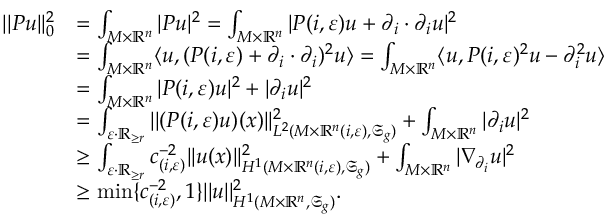
\begin{array} { r l } { | | P u | | _ { 0 } ^ { 2 } } & { = \int _ { M \times \mathord { \mathbb { R } } ^ { n } } | P u | ^ { 2 } = \int _ { M \times \mathord { \mathbb { R } } ^ { n } } | P ( i , \varepsilon ) u + \partial _ { i } \cdot \partial _ { i } u | ^ { 2 } } \\ & { = \int _ { M \times \mathord { \mathbb { R } } ^ { n } } \langle u , ( P ( i , \varepsilon ) + \partial _ { i } \cdot \partial _ { i } ) ^ { 2 } u \rangle = \int _ { M \times \mathord { \mathbb { R } } ^ { n } } \langle u , P ( i , \varepsilon ) ^ { 2 } u - \partial _ { i } ^ { 2 } u \rangle } \\ & { = \int _ { M \times \mathord { \mathbb { R } } ^ { n } } | P ( i , \varepsilon ) u | ^ { 2 } + | \partial _ { i } u | ^ { 2 } } \\ & { = \int _ { \varepsilon \cdot \mathord { \mathbb { R } } _ { \geq r } } | | ( P ( i , \varepsilon ) u ) ( x ) | | _ { L ^ { 2 } ( M \times \mathord { \mathbb { R } } ^ { n } ( i , \varepsilon ) , \mathfrak { S } _ { g } ) } ^ { 2 } + \int _ { M \times \mathord { \mathbb { R } } ^ { n } } | \partial _ { i } u | ^ { 2 } } \\ & { \geq \int _ { \varepsilon \cdot \mathord { \mathbb { R } } _ { \geq r } } c _ { ( i , \varepsilon ) } ^ { - 2 } | | u ( x ) | | _ { H ^ { 1 } ( M \times \mathord { \mathbb { R } } ^ { n } ( i , \varepsilon ) , \mathfrak { S } _ { g } ) } ^ { 2 } + \int _ { M \times \mathord { \mathbb { R } } ^ { n } } | \nabla _ { \partial _ { i } } u | ^ { 2 } } \\ & { \geq \mathrm { m i n } \{ c _ { ( i , \varepsilon ) } ^ { - 2 } , 1 \} | | u | | _ { H ^ { 1 } ( M \times \mathord { \mathbb { R } } ^ { n } , \mathfrak { S } _ { g } ) } ^ { 2 } . } \end{array}